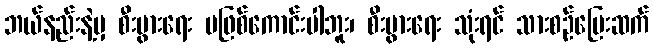
ဘယ်နည်းနဲ့မှ စီးပွားရေး မဖြစ်ကောင်းပါဘူး၊ စီးပွားရေး သုံးရင် သားစဉ်မြေးဆက်